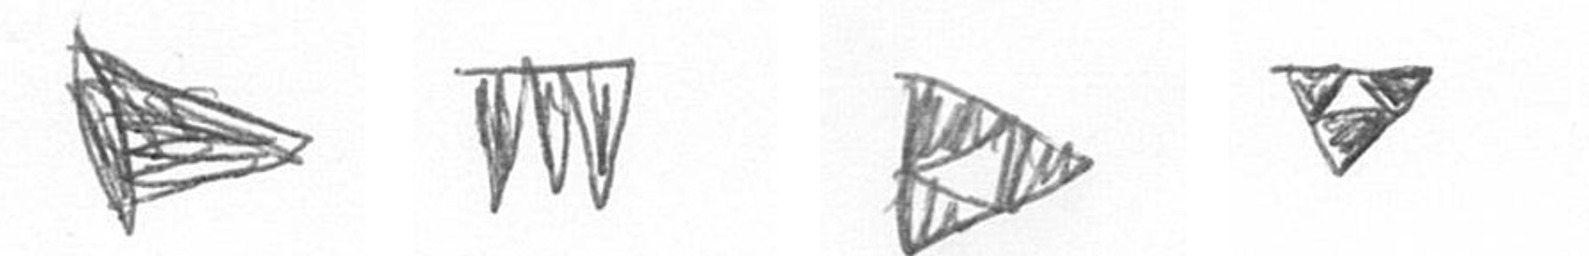
T L K S